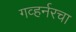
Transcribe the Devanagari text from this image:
गव्हर्नरचा